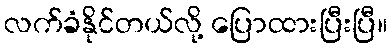
လက်ခံနိုင်တယ်လို့ ပြောထားပြီးပြီ။